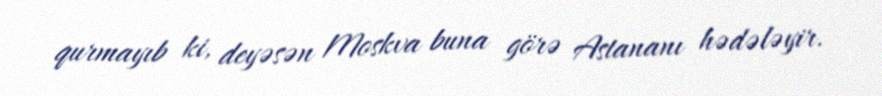
qurmayıb ki, deyəsən Moskva buna görə Astananı hədələyir.